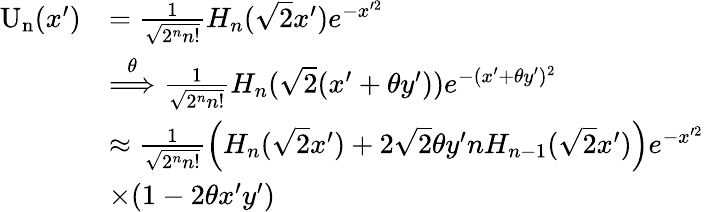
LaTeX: \begin{array}{rl}{\mathrm{U_{n}}(x^{\prime})}&{=\frac{1}{\sqrt{2^{n}n!}}H_{n}(\sqrt{2}x^{\prime})e^{-x^{\prime 2}}}\\ &{\overset{\theta}{\Longrightarrow}\frac{1}{\sqrt{2^{n}n!}}H_{n}(\sqrt{2}(x^{\prime}+\theta y^{\prime}))e^{-(x^{\prime}+\theta y^{\prime})^{2}}}\\ &{\approx\frac{1}{\sqrt{2^{n}n!}}\left(H_{n}(\sqrt{2}x^{\prime})+2\sqrt{2}\theta y^{\prime}nH_{n-1}(\sqrt{2}x^{\prime})\right)e^{-x^{\prime 2}}}\\ &{\times(1-2\theta x^{\prime}y^{\prime})}\end{array}